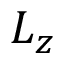
L _ { z }